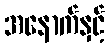
အနောက်နှင့်